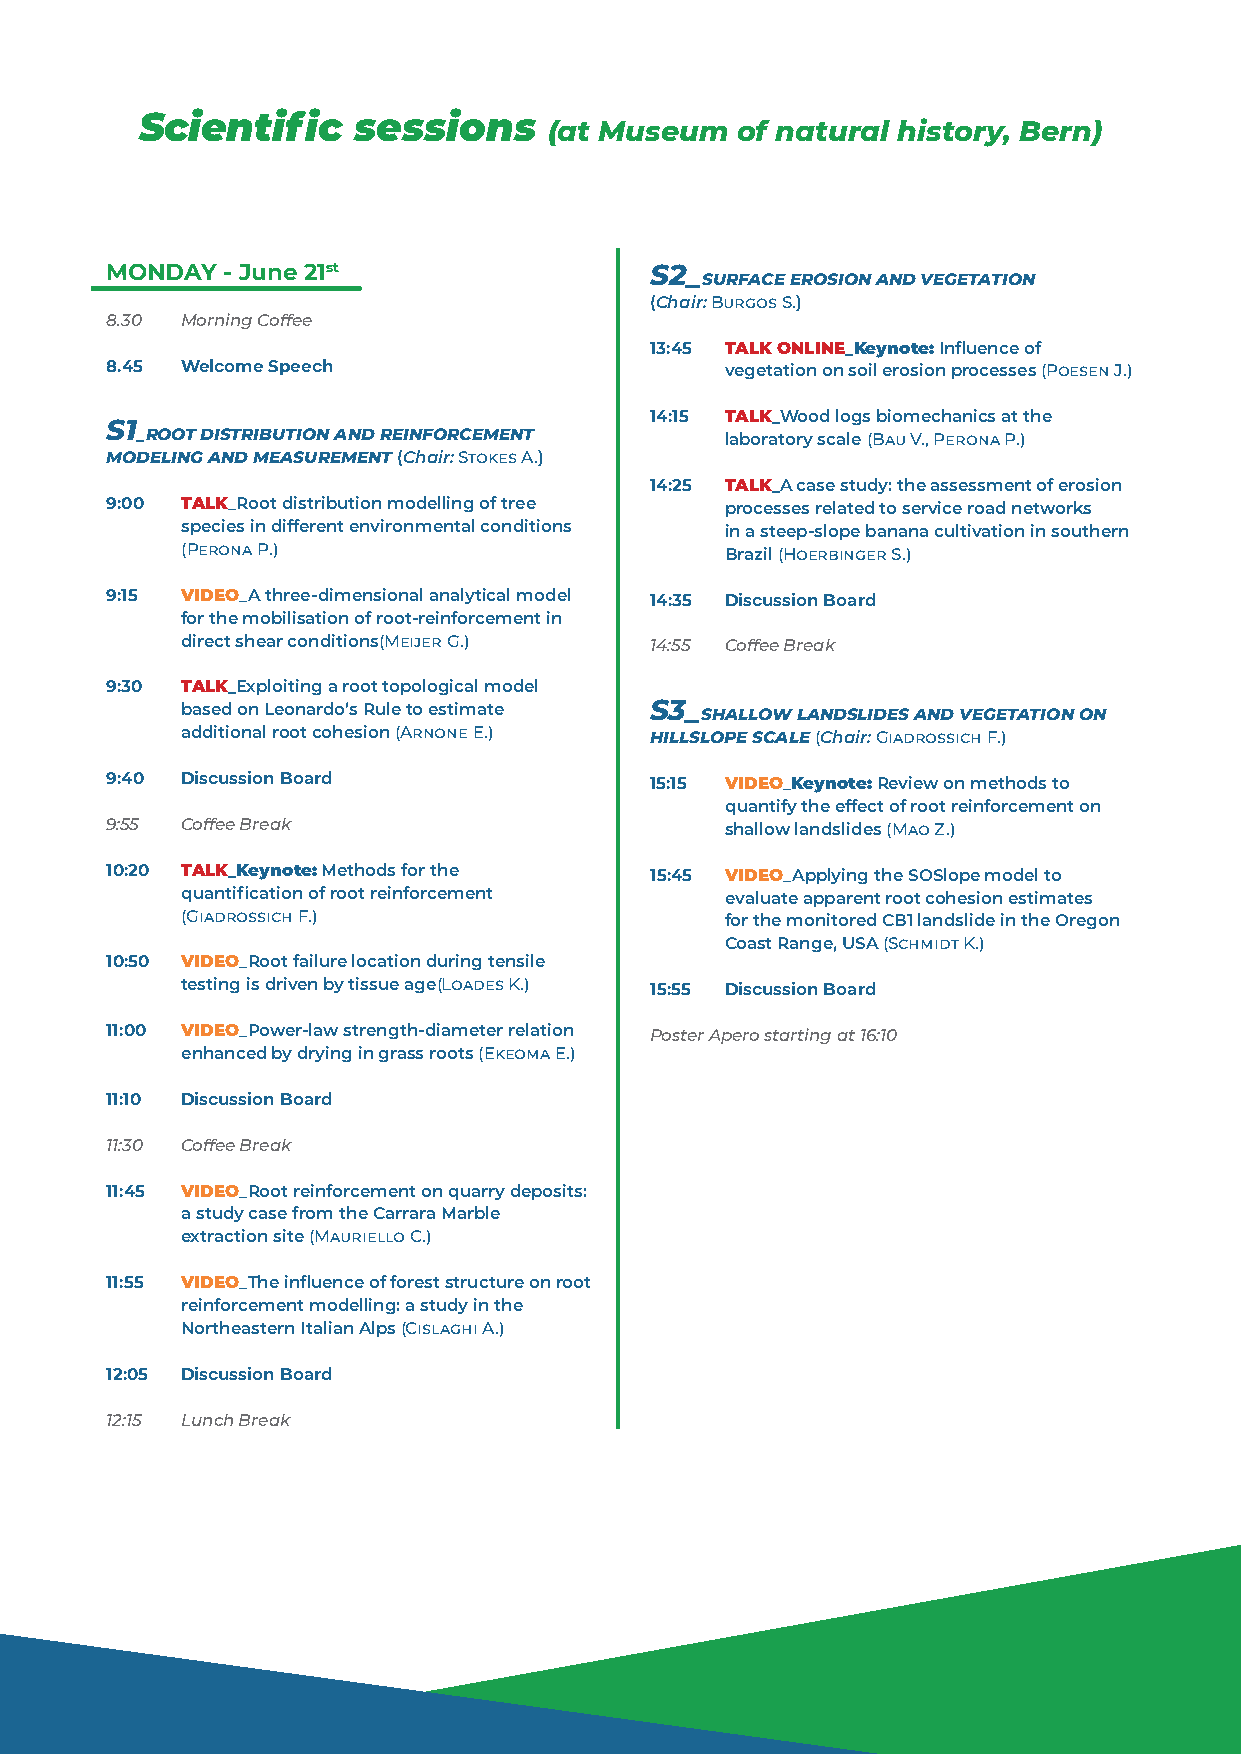
Scientific    sessions
 (at Museum   of natural history, Bern)
 MONDAY  - June 21st                 S2_
 SURFACE EROSION AND VEGETATION
 (Chair: Burgos S.)
 8.30 Morning Coffee
 13:45 TALK ONLINE_Keynote: Influence of
 8.45 Welcome Speech                      vegetation on soil erosion processes (Poesen J.)
 14:15 TALK_Wood logs biomechanics at the
 S1
 _ROOT DISTRIBUTION AND REINFORCEMENT   laboratory scale (Bau V., Perona P.)
 MODELING AND MEASUREMENT (Chair: Stokes A.)
 14:25 TALK_A case study: the assessment of erosion
 9:00 TALK_Root distribution modelling of tree processes related to service road networks
 species in different environmental conditions in a steep-slope banana cultivation in southern
 (Perona P.)                         Brazil (Hoerbinger S.)
 9:15 VIDEO_A three-dimensional analytical model 14:35 Discussion Board
 for the mobilisation of root-reinforcement in
 direct shear conditions(Meijer G.) 14:55 Coffee Break
 9:30 TALK_Exploiting a root topological model
 based on Leonardo’s Rule to estimate S3_ SHALLOW LANDSLIDES AND VEGETATION ON
 additional root cohesion (Arnone E.) HILLSLOPE SCALE (Chair: Giadrossich F.)
 9:40 Discussion Board               15:15 VIDEO_Keynote: Review on methods to
 quantify the effect of root reinforcement on
 9:55 Coffee Break                        shallow landslides (Mao Z.)
 10:20 TALK_Keynote: Methods for the 15:45 VIDEO_Applying the SOSlope model to
 quantification of root reinforcement evaluate apparent root cohesion estimates
 (Giadrossich F.)                    for the monitored CB1 landslide in the Oregon
 Coast Range, USA (Schmidt K.)
 10:50 VIDEO_Root failure location during tensile
 testing is driven by tissue age(Loades K.) 15:55 Discussion Board
 11:00 VIDEO_Power-law strength-diameter relation Poster Apero starting at 16:10
 enhanced by drying in grass roots (Ekeoma E.)
 11:10 Discussion Board
 11:30 Coffee Break
 11:45 VIDEO_Root reinforcement on quarry deposits:
 a study case from the Carrara Marble
 extraction site (Mauriello C.)
 11:55 VIDEO_The influence of forest structure on root
 reinforcement modelling: a study in the
 Northeastern Italian Alps (Cislaghi A.)
 12:05 Discussion Board
 12:15 Lunch Break